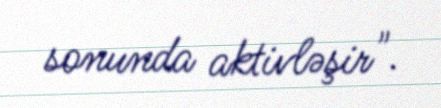
sonunda aktivləşir".